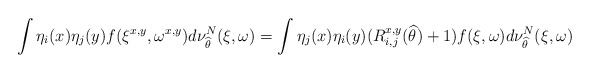
\begin{align*}\int \eta_i(x) \eta_j(y) f(\xi^{x,y}, \omega^{x,y}) d\nu_{\widehat \theta }^N (\xi,\omega) = \int \eta_j(x) \eta_i(y) (R_{i,j}^{x,y} (\widehat \theta)+1) f(\xi, \omega) d\nu_{\widehat \theta }^N (\xi,\omega)\end{align*}